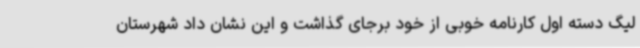
لیگ دسته اول کارنامه خوبی از خود برجای گذاشت و این نشان داد شهرستان